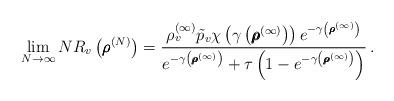
LaTeX: \begin{align*}\lim_{N \to \infty} N R_v\left( \pmb{\rho}^{(N)} \right) = \frac{ \rho_v^{(\infty)} \tilde{p}_v \chi\left( \gamma \left( \pmb{\rho}^{(\infty)} \right) \right)e^{- \gamma \left( \pmb{\rho}^{(\infty)} \right)} }{e^{- \gamma\left( \pmb{\rho}^{(\infty)} \right)} + \tau\left( 1 - e^{- \gamma\left( \pmb{\rho}^{(\infty)} \right)} \right) }\,.\end{align*}